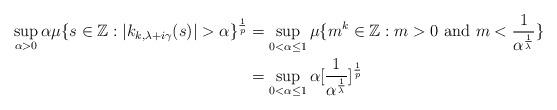
LaTeX: \begin{align*} \sup_{\alpha>0}\alpha\mu\{s\in\mathbb{Z}:|k_{k,\lambda+i\gamma}(s)|>\alpha\}^{\frac{1}{p}} &= \sup_{0<\alpha\leq 1} \mu\{m^{k}\in \mathbb{Z}: m>0\,\,\textnormal{and}\,\,m <\frac{1}{\alpha^{\frac{1}{\lambda}}} \} \\ &=\sup_{0<\alpha\leq 1}\alpha[\frac{1}{\alpha^{\frac{1}{\lambda}}}]^{\frac{1}{p}} \end{align*}